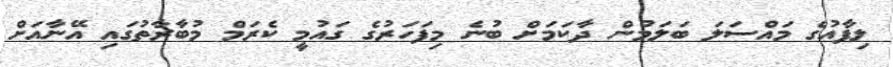
ލިފާއުގެ މައްސަލަ ބަލަމުން ދާކަމަށް ބުނެ މިފަހަރުގެ ގައުމީ ކެރަމް މުބާރާތުގައި އޭނާއަށް